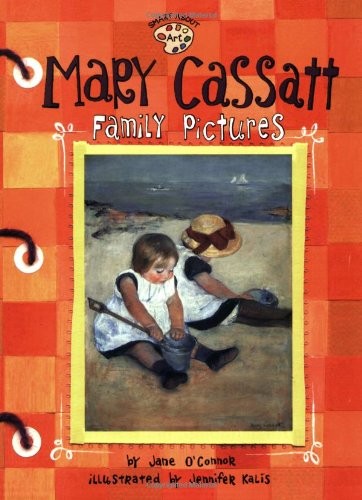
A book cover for Mary Cassatt: Family Pictures (Smart About Art); Jane O'Connor; Children's Books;